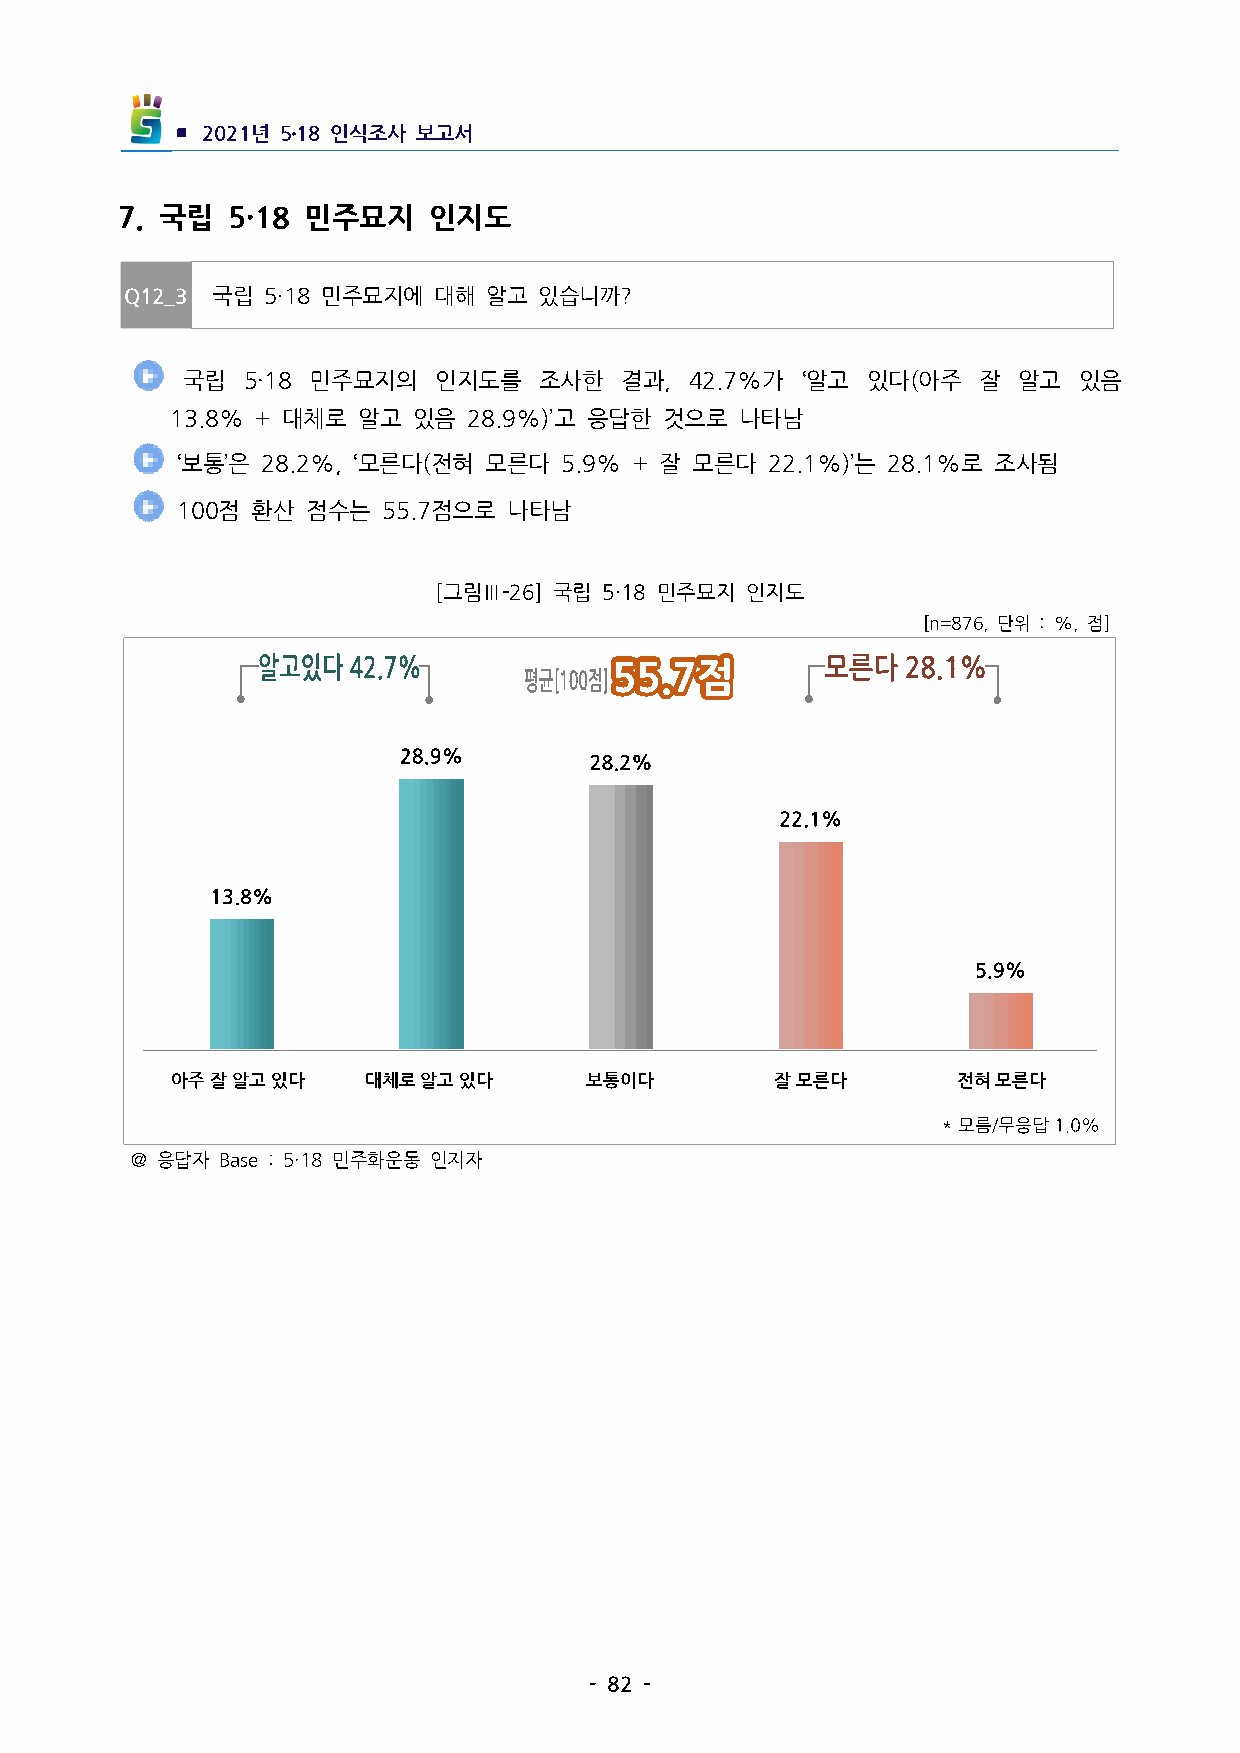
▪ 2021년 5․18인식조사 보고서
 7. 국립 5·18 민주묘지   인지도
 Q12_3 국립 5·18민주묘지에  대해 알고  있습니까?
  국립 5·18 민주묘지의  인지도를   조사한  결과, 42.7%가 ‘알고 있다(아주  잘 알고  있음
 13.8%+대체로  알고 있음  28.9%)’고 응답한 것으로  나타남
 ‘보통’은 28.2%,‘모른다(전혀 모른다 5.9%+잘 모른다  22.1%)’는 28.1%로 조사됨
 100점 환산 점수는  55.7점으로  나타남
 [그림Ⅲ-26] 국립 5·18민주묘지 인지도
 [n=876,단위 :%,점]
 아주잘알고있다      대체로알고있다        보통이다        잘모른다        전혀모른다
 ＠응답자 Base:5·18민주화운동 인지자
 -82-